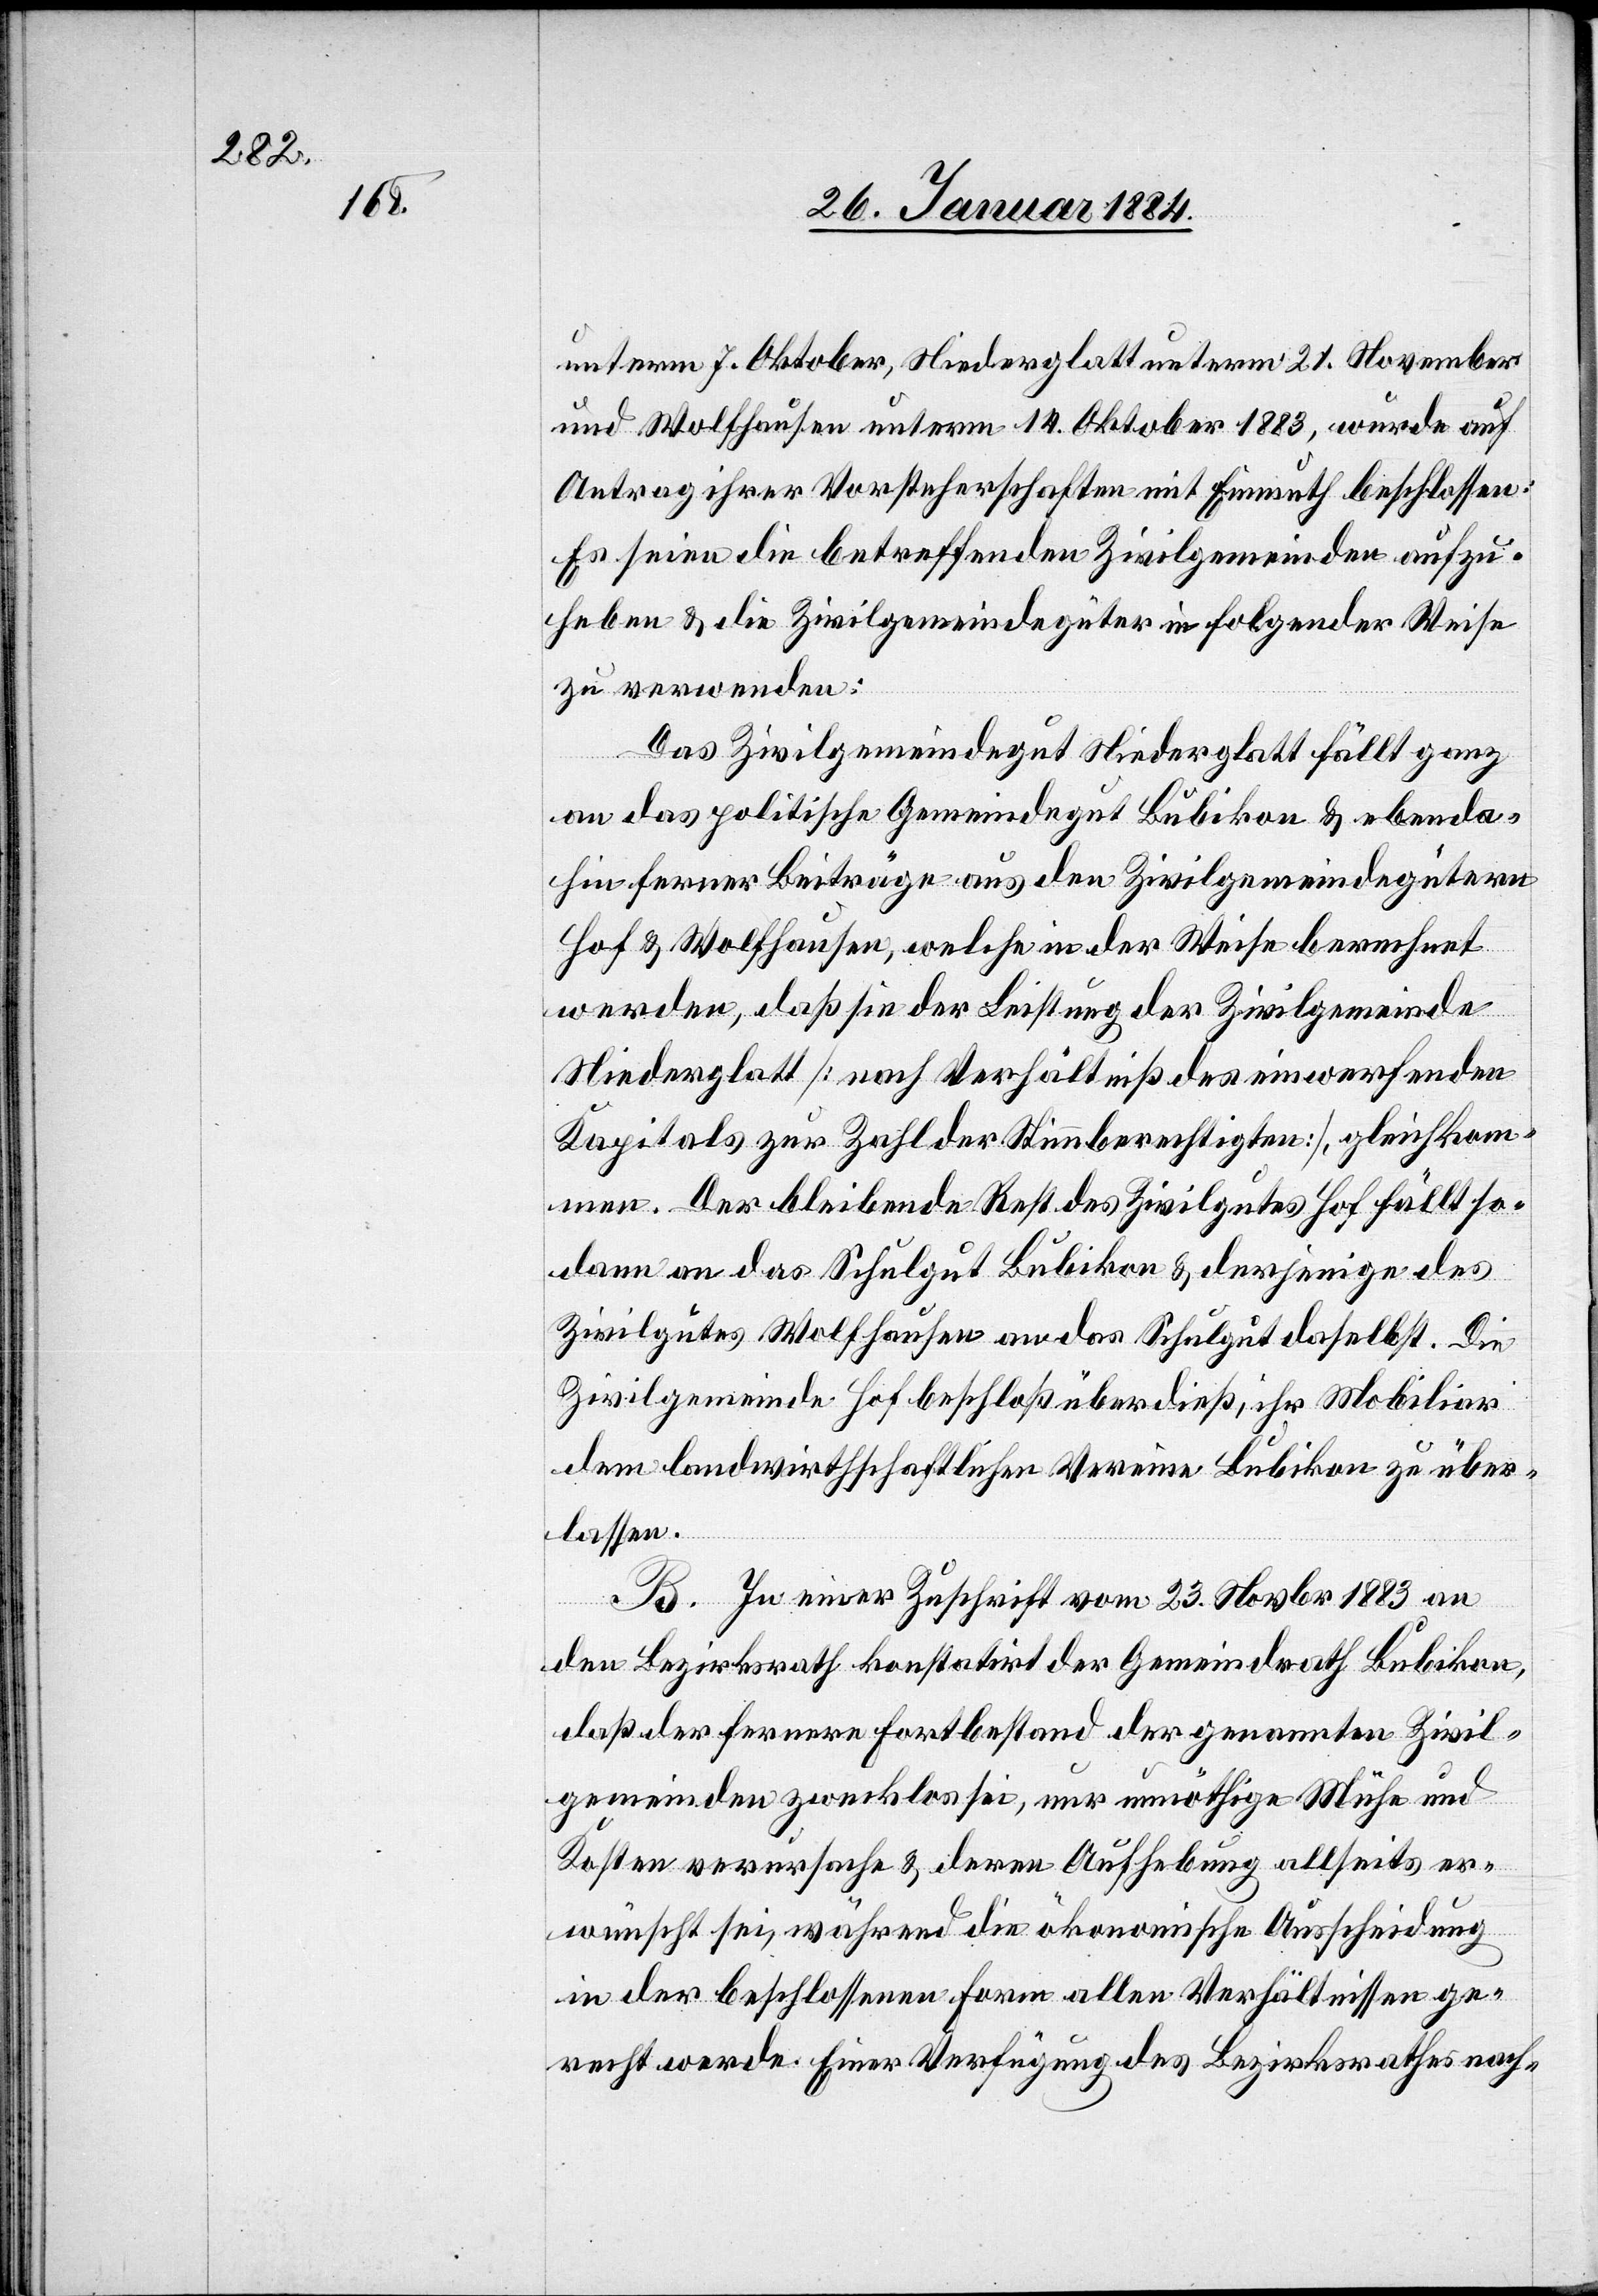
unterm 7. Oktober, Niederglatt unterm 21. November
und Wolfhausen unterm 14. Oktober 1883, wurde auf
Antrag ihrer Vorsteherschaften mit Einmuth beschlossen:
Es seien die betreffenden Zivilgemeinden aufzu¬
heben & die Zivilgemeindegüter in folgender Weise
zu verwenden:
Das Zivilgemeindegut Niederglatt fällt ganz
an das politische Gemeindegut Bubikon & ebenda¬
hin ferner Beiträge aus den Zivilgemeindegütern
Hof & Wolfhausen, welche in der Weise berechnet
werden, daß sie der Leistung der Zivilgemeinde
Niederglatt [nach Verhältniß des einwerfenden
Kapitals zur Zeit der Stimmberechtigten], gleichkom¬
me. Der bleibende Rest des Zivilgutes Hof fällt so¬
dann an das Schulgut Bubikon & derjenige des
Zivilgutes Wolfhausen an das Schulgut daselbst. Die
Zivilgemeinde Hof beschloß überdieß, ihr Mobiliar
dem landwirthschaftlichen Vereine Bubikon zu über¬
lassen.
B. In einer Zuschrift vom 23. Novbr. 883 an
den Bezirksrath konstatirt der Gemeindrath Bubikon,
daß der fernere Fortbestand der genannten Zivil¬
gemeinde zwecklos sei, nur unnöthige Mühe und
Kosten verursache & deren Aufhebung allseits er¬
wünscht sei, während die ökonomische Ausscheidung
in der beschlossenen Form allen Verhältnissen ge¬
recht werde. Einer Verfügung des Bezirksrathes nach-